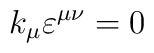
k_\mu \varepsilon^{\mu \nu} = 0